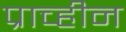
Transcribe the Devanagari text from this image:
प्राच्हीन